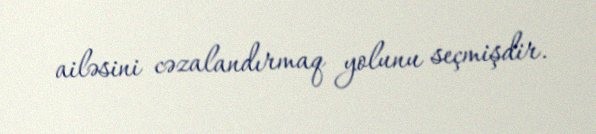
ailəsini cəzalandırmaq yolunu seçmişdir.